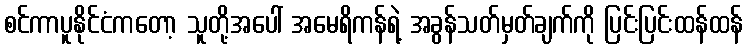
စင်ကာပူနိုင်ငံကတော့ သူတို့အပေါ် အမေရိကန်ရဲ့ အခွန်သတ်မှတ်ချက်ကို ပြင်းပြင်းထန်ထန်